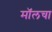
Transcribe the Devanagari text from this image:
मॉलचा